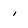
Character: i